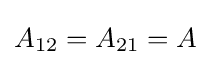
A_{12}=A_{21}=A